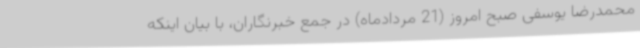
محمدرضا یوسفی صبح امروز (21 مردادماه) در جمع خبرنگاران، با بیان اینکه